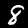
Label: 8